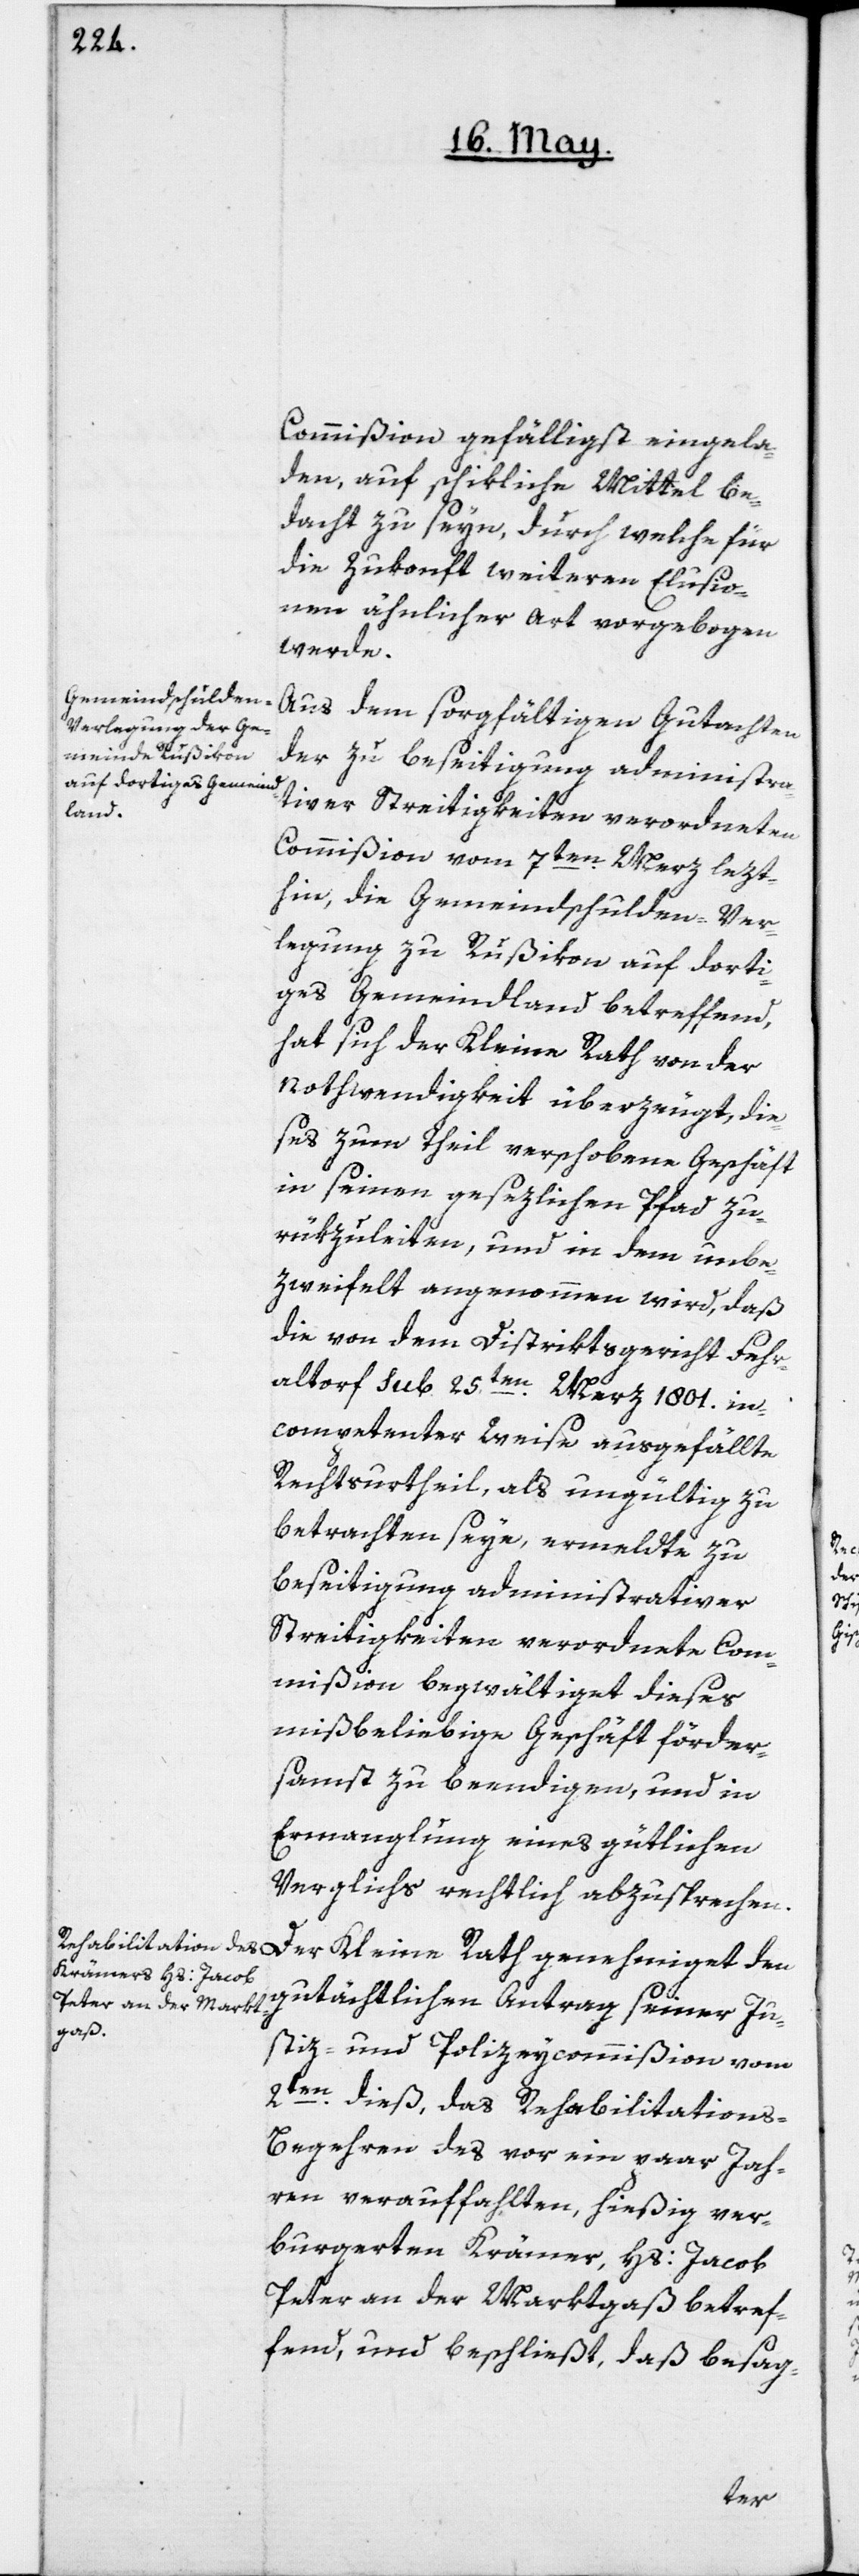
Commißion gefälligst eingela¬
den, auf schikliche Mittel be¬
dacht zu seyn, durch welche für
die Zukonft weiteren Elusio¬
nen ähnlicher Art vorgebogen
werde.
Aus dem sorgfältigen Gutachten
der zu Beseitigung administra¬
tiver Streitigkeiten verordneten
Commißion vom 7ten Merz lezt¬
hin, die Gemeindschulden-Ver¬
legung zu Rußikon auf dorti¬
ges Gemeindland betreffend,
hat sich der Kleine Rath von der
Nothwendigkeit überzeugt, die¬
ses zum Theil verschobene Geschäft
in seinen gesezlichen Pfad zu¬
rükzuleiten, und in dem unbe¬
zweifelt angenommen wird, daß
die von dem Distriktsgericht Fehr¬
altorf sub 25ten Merz 1801. in¬
competenter Weise ausgefällte
Rechtsurtheil, als ungültig zu
betrachten seye, ermeldte zu
Beseitigung administrativer
Streitigkeiten verordnete Com¬
mißion begwältiget dieses
mißbeliebige Geschäft förder¬
samst zu beendigen, und in
Ermanglung eines gütlichen
Verglichs rechtlich abzusprechen.
gutächtlichen Antrag seiner Ju¬
stiz- und Polizeycommißion vom
2ten dieß, das Rehabilitations-B¬
egehren des vor ein paar Jah¬
ren, verauffahlten, hießig ver¬
burgerten Krämer, Hs: Jacob
Peter an der Marktgaß betref¬
fend, und beschließt, daß besag-
Der